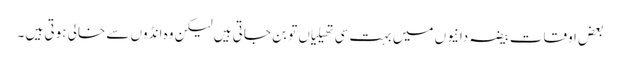
بعض اوقات بیضہ دانیوں میں بہت سی تھیلیاں تو بن جاتی ہیں لیکن وہ انڈوں سے خالی ہوتی ہیں ۔